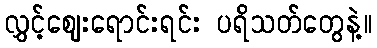
လွှင့်ဈေးရောင်းရင်း ပရိသတ်တွေနဲ့။